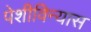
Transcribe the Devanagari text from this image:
पेशीविन्यास